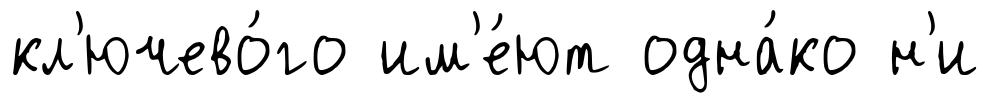
кл'ючево́го им'е́ют одна́ко н'и